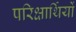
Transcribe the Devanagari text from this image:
परिक्षार्थियों